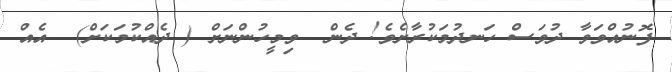
ފޮނުއްވަވާ ދުވަސް ހަނދުމަކުރާށެވެ! ދެން  ވިމީހުންނަށް ( ދެއްކުމަކަށް)  އެއް